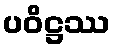
ပဝိဋ္ဌဿ